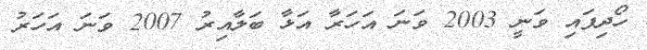
ހޯދިފައި ވަނީ 2003 ވަނަ އަހަރާ އަޅާ ބަލާއިރު 2007 ވަނަ އަހަރު